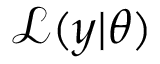
\mathcal { L } ( y | \theta )